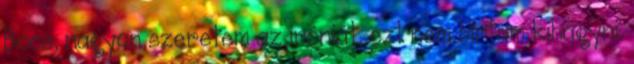
Bocs, nagyon szeretem az iróniát, ezt nem bírtam kihagyni.